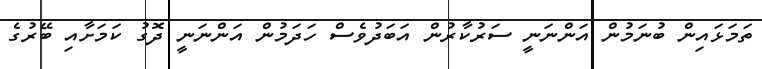
ތަމަޅައިން ބުނަމުން އަންނަނީ ސަރުކާރުން އަބަދުވެސް ހަދަމުން އަންނަނީ ދޮގު ކަމަށާއި ބޭރުގެ